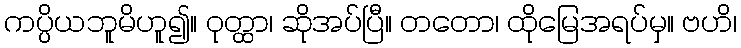
ကပ္ပိယဘူမိဟူ၍။ ဝုတ္ထာ၊ ဆိုအပ်ပြီ။ တတော၊ ထိုမြေအရပ်မှ။ ဗဟိ၊